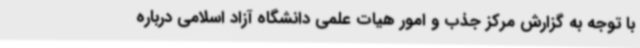
با توجه به گزارش مرکز جذب و امور هیات علمی دانشگاه آزاد اسلامی درباره